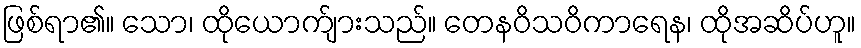
ဖြစ်ရာ၏။ သော၊ ထိုယောက်ျားသည်။ တေနဝိသဝိကာရေန၊ ထိုအဆိပ်ဟူ။